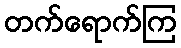
တက်ရောက်ကြ